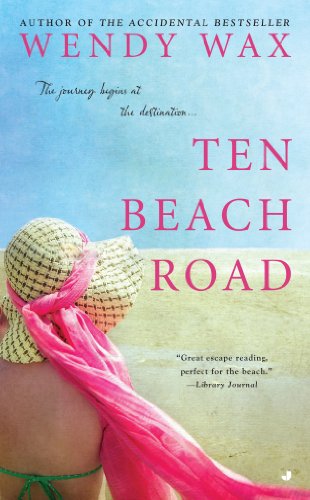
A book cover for Ten Beach Road (Novel); Wendy Wax; Literature & Fiction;